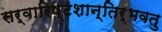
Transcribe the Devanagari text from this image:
सर्वारिष्टशान्तिर्भवतु